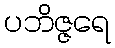
ပဘိဇ္ဇရေ